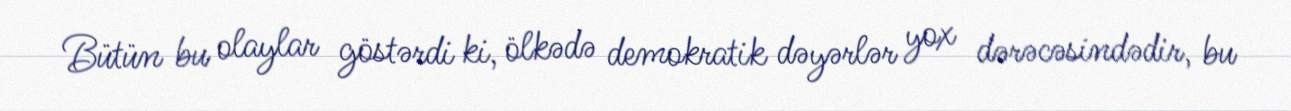
Bütün bu olaylar göstərdi ki, ölkədə demokratik dəyərlər yox dərəcəsindədir, bu